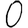
Digit: 0